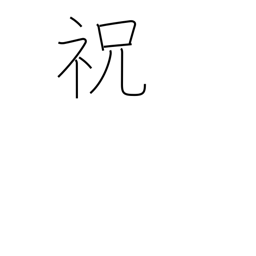
Meaning: celebrate